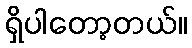
ရှိပါတော့တယ်။